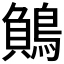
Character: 𪃓